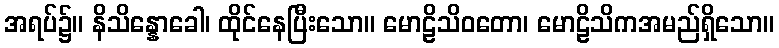
အရပ်၌။ နိသိန္နောခေါ၊ ထိုင်နေပြီးသော။ မောဠိသိဝတော၊ မောဠိသိကအမည်ရှိသော။